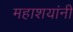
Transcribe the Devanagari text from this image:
महाशयांनी